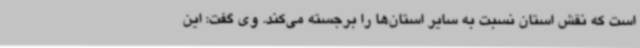
است که نقش استان نسبت به سایر استان‌ها را برجسته می‌کند. وی گفت: این